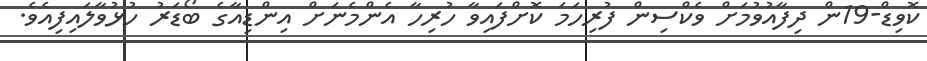
ކޮވިޑް-19ން ދިފާއުވުމަށް ވެކްސިން ފުރިހަމަ ކޮށްފައިވާ ހުރިހާ އެންމެނަށް އިންޑިއާގެ ބޯޑަރު ހުޅުވާލައިފިއެވެ.